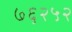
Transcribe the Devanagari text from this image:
७६२५२